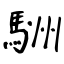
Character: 駲